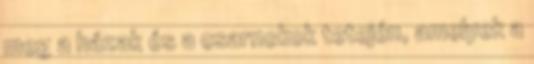
meg a házak és a csarnokok tetején, amelyek a